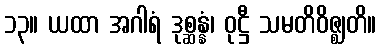
၁၃။ ယထာ အဂါရံ ဒုစ္ဆန္နံ၊ ဝုဋ္ဌီ သမတိဝိဇ္ဈတိ။